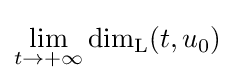
\lim _{t\to +\infty }\dim _{\rm {L}}(t,u_{0})